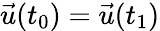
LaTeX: {\vec{u}}(t_{0})={\vec{u}}(t_{1})